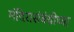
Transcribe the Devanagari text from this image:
मंदिरासंबंधीच्या